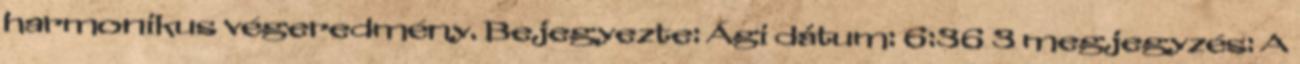
harmonikus végeredmény. Bejegyezte: Ági dátum: 6:36 3 megjegyzés: A